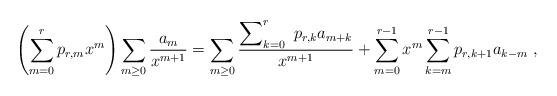
LaTeX: \begin{gather*} \left( \sum_{m=0}^{r} p_{r, m} x^{m}\right) \sum_{m \geq 0} \frac{a_{m}}{x^{m+1}} =\sum_{m \geq 0 } \frac{ \begin{displaystyle} \sum\nolimits_{k=0}^{r} \end{displaystyle} \ p_{r, k} a_{m+k}}{x^{m+1}} +\sum_{m=0}^{r-1}x^{m} \sum_{k=m}^{r-1} p_{r, k+1} a_{k- m} \ ,\end{gather*}